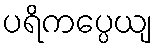
ပရိကပ္ပေယျ